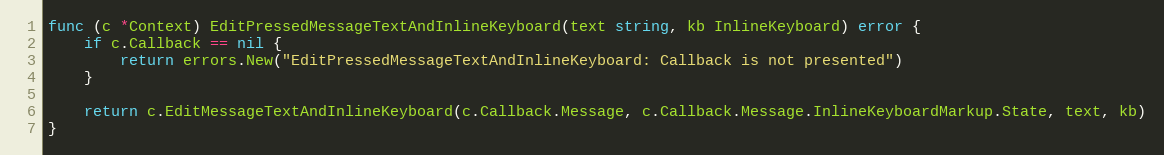
Language: Go
func (c *Context) EditPressedMessageTextAndInlineKeyboard(text string, kb InlineKeyboard) error {
	if c.Callback == nil {
		return errors.New("EditPressedMessageTextAndInlineKeyboard: Callback is not presented")
	}

	return c.EditMessageTextAndInlineKeyboard(c.Callback.Message, c.Callback.Message.InlineKeyboardMarkup.State, text, kb)
}